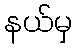
နယ်မှ